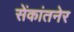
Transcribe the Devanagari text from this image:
सेंकांतनेर